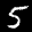
Label: 5